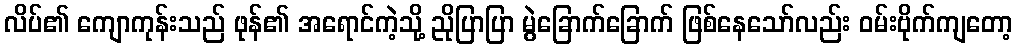
လိပ်၏ ကျောကုန်းသည် ဖုန်၏ အရောင်ကဲ့သို့ ညိုပြာပြာ မွဲခြောက်ခြောက် ဖြစ်နေသော်လည်း ဝမ်းဗိုက်ကျတော့